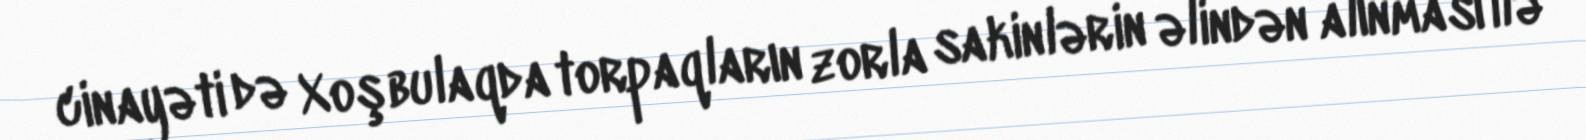
cinayəti də Xoşbulaqda torpaqların zorla sakinlərin əlindən alınması ilə